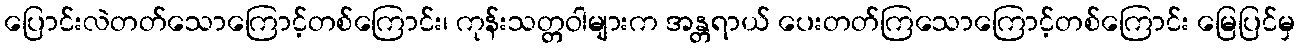
ပြောင်းလဲတတ်သောကြောင့်တစ်ကြောင်း၊ ကုန်းသတ္တဝါများက အန္တရာယ် ပေးတတ်ကြသောကြောင့်တစ်ကြောင်း မြေပြင်မှ